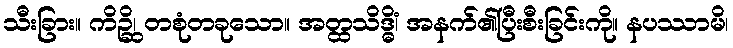
သီးခြား။ ကိဉ္ဆိ၊ တစုံတခုသော။ အတ္ထသိဒ္ဓိံ၊ အနက်၏ပြီးစီးခြင်းကို။ နပဿာမိ၊